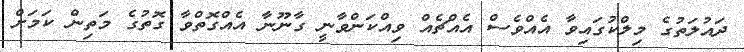
ދައުލަތުގެ މިލްކުގައިވާ އެއްވެސް އެއްޗެއް ވިއްކަންވާނީ ގާނޫނާ އެއްގޮތްވާ ގޮތުގެ މަތިން ކަމަށް